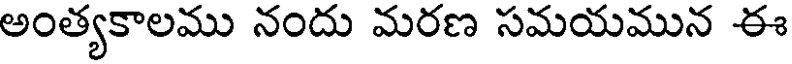
అంత్యకాలము నందు మరణ సమయమున ఈ